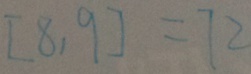
[ 8 , 9 ] = 7 2